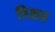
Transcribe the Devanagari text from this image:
रिशर